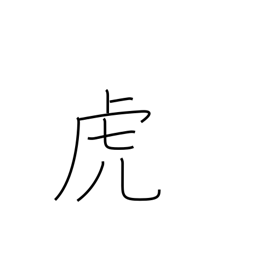
Meaning: drunkard